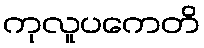
ကုလူပကေတိ